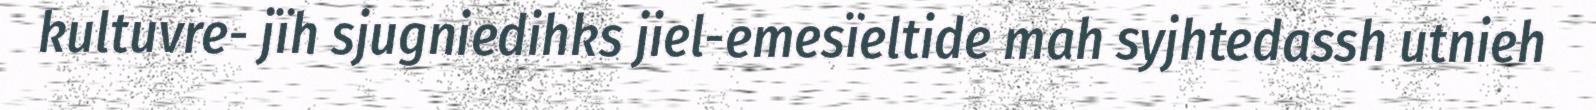
kultuvre- jïh sjugniedihks jiel-emesïeltide mah syjhtedassh utnieh